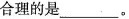
合理的是___ 。